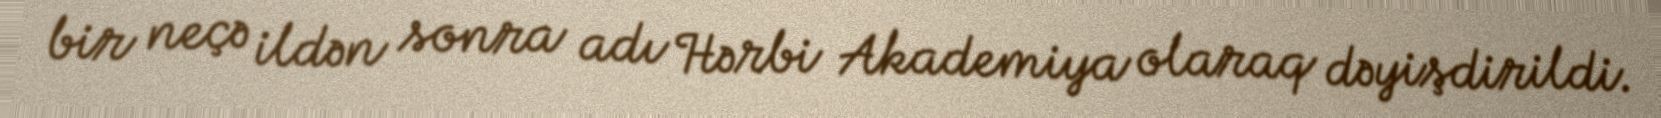
bir neçə ildən sonra adı Hərbi Akademiya olaraq dəyişdirildi.